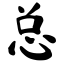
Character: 总